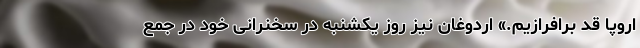
اروپا قد برافرازیم.» اردوغان نیز روز یکشنبه در سخنرانی خود در جمع